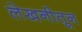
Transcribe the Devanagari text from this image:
लेखनीतून